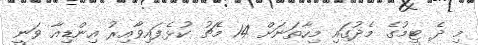
މި ދެ ޓީމުގެ މެދުގައި މިހާތަނަށް 14 މެޗު ކުޅެފައިވާއިރު އިންޑިއާ ވަނީ